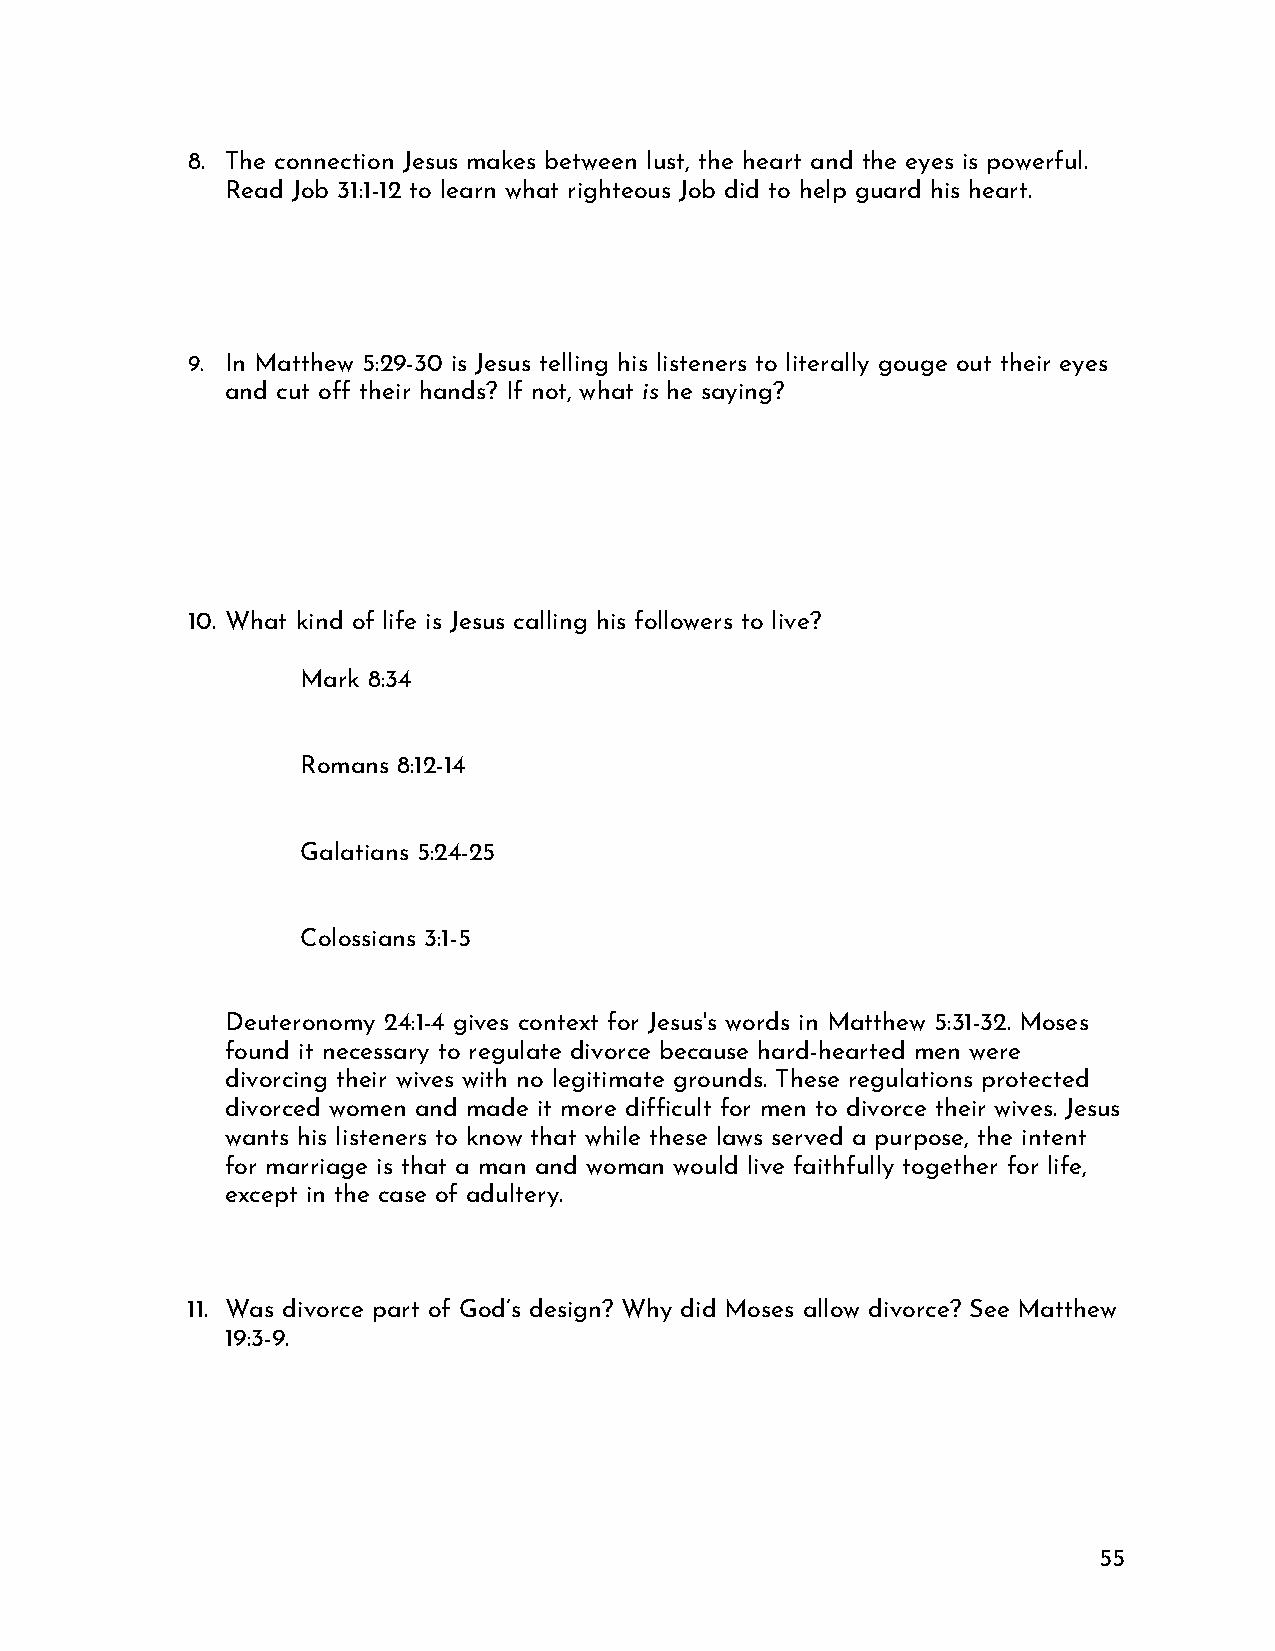
8. The connection Jesus makes between lust, the heart and the eyes is powerful.
 Read Job 31:1-12 to learn what righteous Job did to help guard his heart.
 9. In Matthew 5:29-30 is Jesus telling his listeners to literally gouge out their eyes
 and cut off their hands? If not, what is he saying?
 10. What kind of life is Jesus calling his followers to live?
 Mark 8:34
 Romans 8:12-14
 Galatians 5:24-25
 Colossians 3:1-5
 Deuteronomy 24:1-4 gives context for Jesus's words in Matthew 5:31-32. Moses
 found it necessary to regulate divorce because hard-hearted men were
 divorcing their wives with no legitimate grounds. These regulations protected
 divorced women and made it more difficult for men to divorce their wives. Jesus
 wants his listeners to know that while these laws served a purpose, the intent
 for marriage is that a man and woman would live faithfully together for life,
 except in the case of adultery.
 11. Was divorce part of God’s design? Why did Moses allow divorce? See Matthew
 19:3-9.
 55